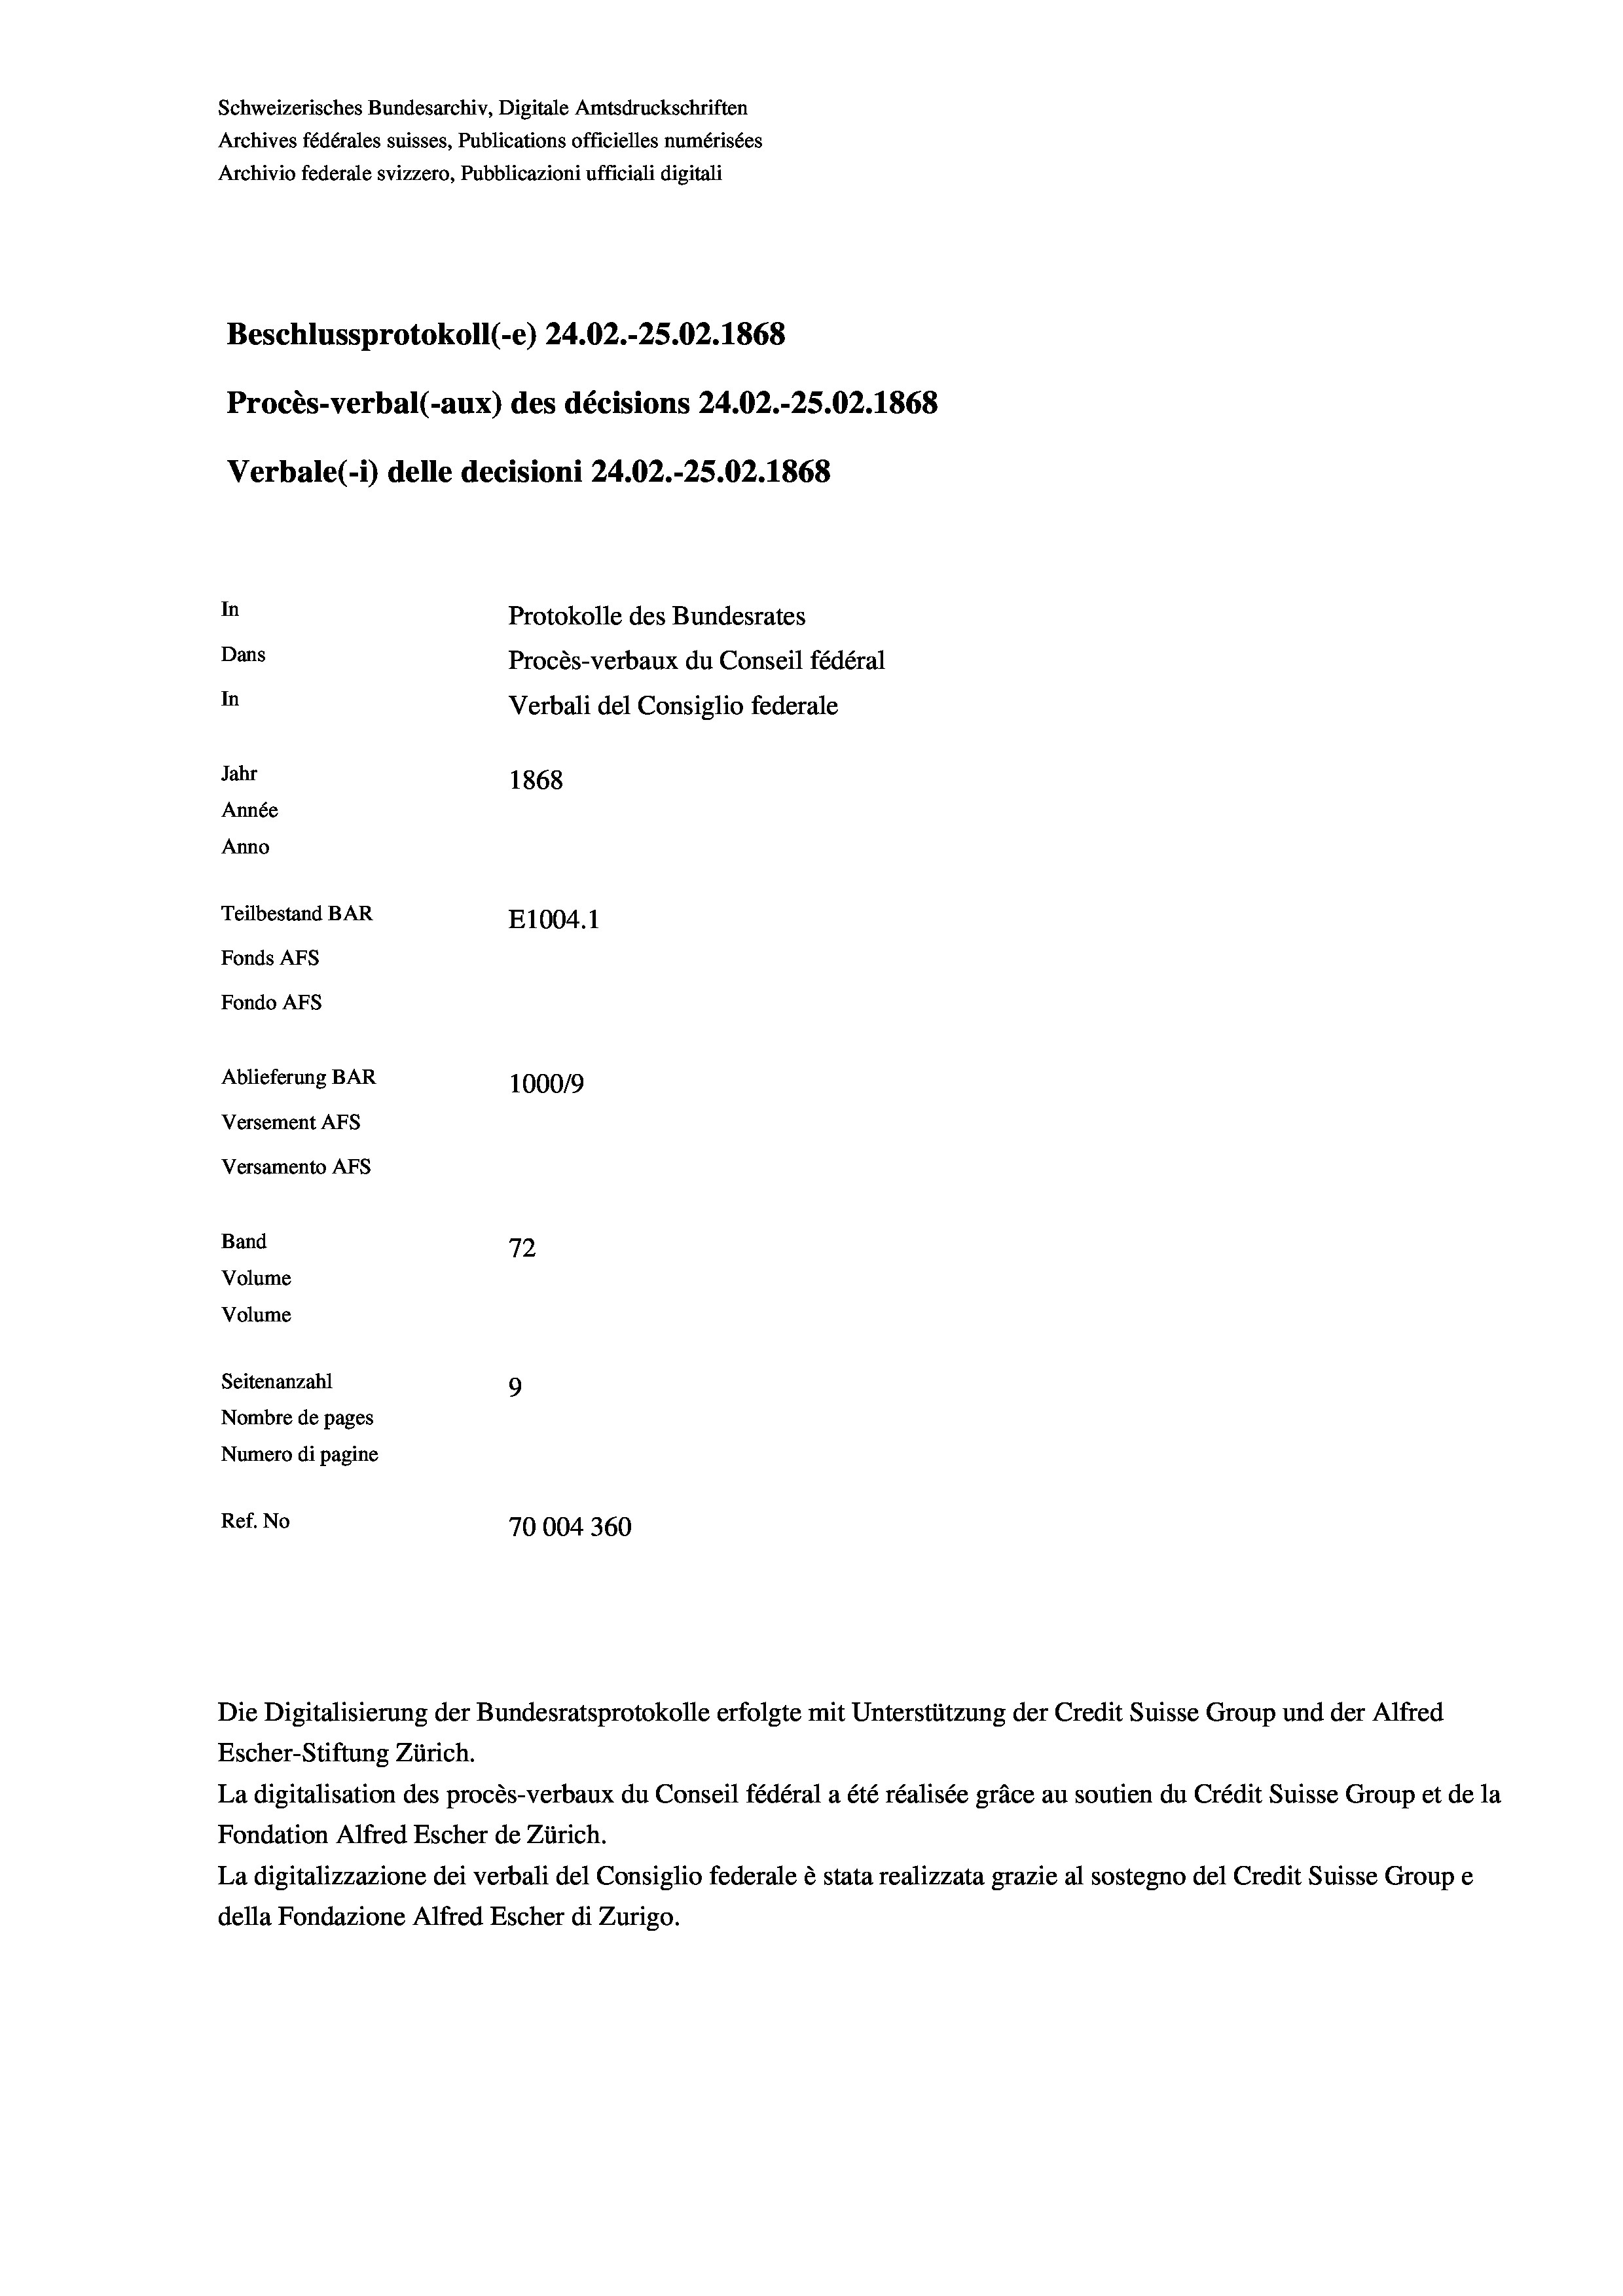
Schweizerisches Bundesarchiv, Digitale Amtsdruckschriften
Archives fédérales suisses, Publications officielles numérisées
Archivio federale svizzero, Pubblicazioni ufficiali digitali
Beschlussprotokoll (-e) 24.02.-25.02. 1868
Procès-verbal (-aux) des décisions 24.02.-25.02. 1868
Verbale (1) delle decisioni 24.02.-25.02. 1868
In
Protokolle des Bundesrates
Dans
Procès-verbaux du Conseil fédéral
In
Verbali del Consiglio federale
Jahr
1868
Année
Anno
Teilbestand BAR
E1004.1
Fonds AFs
Fondo AFS
Ablieferung BAR
100019
Versement AFs
Versamento Afs
Band
72
Volume
Volume
Seitenanzahl
9

Nombre de pages
Numero di pagine
Ref. No
70004 360

Die Digitalisierung der Bundesratsprotokolle erfolgte mit Unterstützung der Credit Suisse Group und der Alfred
Escher-Stiftung Zürich.
La digitalisation des procès-verbaux du Conseil fédéral a été réalisée gräce au soutien du Crédit Suisse Group et de la
Fondation Alfred Escher de Zürich.
La digitalizzazione dei verbali del Consiglio federale è stata realizzata grazie al sostegno del Credit Suisse Groupe
della Fondazione Alfred Escher di Zurigo.